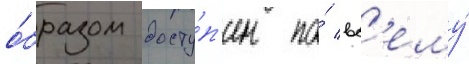
о́бразом досту́п'ен по́ вс'ему́